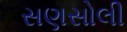
સણસોલી